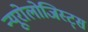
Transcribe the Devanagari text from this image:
न्यूरोलोजिस्ट्स